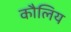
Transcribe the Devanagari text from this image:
कौलिय